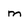
Character: m